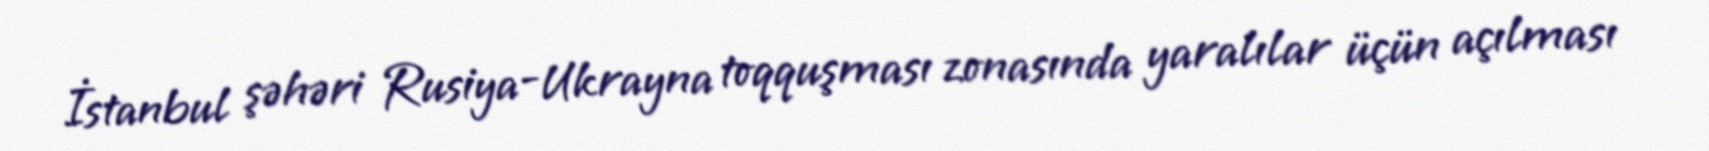
İstanbul şəhəri Rusiya-Ukrayna toqquşması zonasında yaralılar üçün açılması